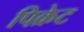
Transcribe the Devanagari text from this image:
पिक्रेट